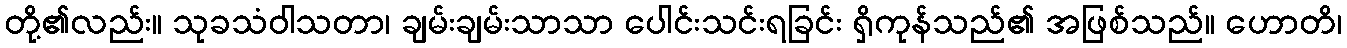
တို့၏လည်း။ သုခသံဝါသတာ၊ ချမ်းချမ်းသာသာ ပေါင်းသင်းရခြင်း ရှိကုန်သည်၏ အဖြစ်သည်။ ဟောတိ၊